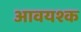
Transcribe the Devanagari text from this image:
आवयश्क